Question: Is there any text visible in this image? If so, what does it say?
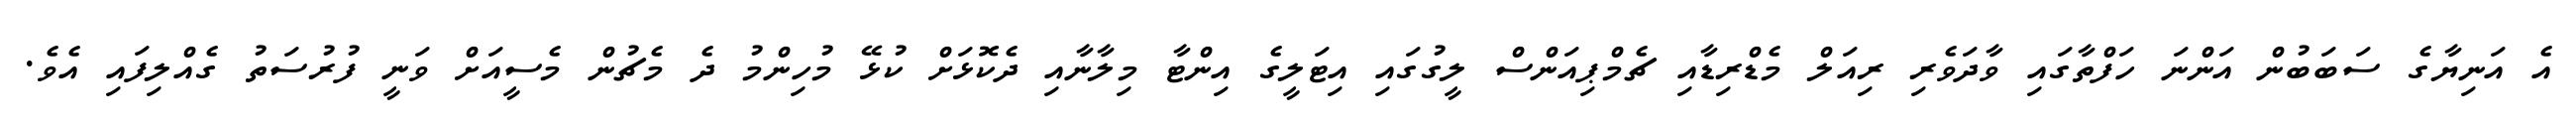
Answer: އެ އަނިޔާގެ ސަބަބުން އަންނަ ހަފްތާގައި ވާދަވެރި ރިއަލް މެޑްރިޑާއި ޗެމްޕިއަންސް ލީގުގައި އިޓަލީގެ އިންޓާ މިލާނާއި ދެކޮޅަށް ކުޅޭ މުހިންމު ދެ މެޗުން މެސީއަށް ވަނީ ފުރުސަތު ގެއްލިފައި އެވެ.